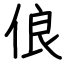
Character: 俍